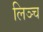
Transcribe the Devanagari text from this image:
लिञ्च